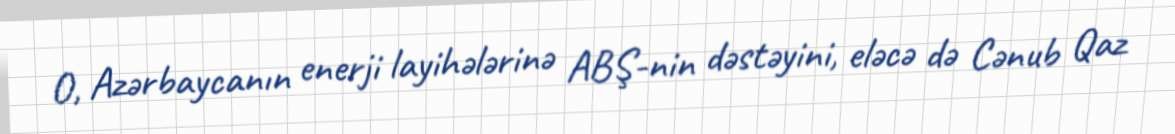
O, Azərbaycanın enerji layihələrinə ABŞ-nin dəstəyini, eləcə də Cənub Qaz